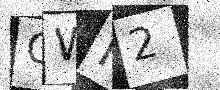
Text: OWM2